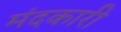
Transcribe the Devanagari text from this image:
मंदकारी